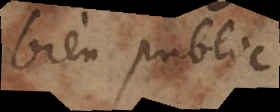
bien public